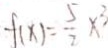
f ( x ) = \frac { 5 } { 2 } x ^ { 3 }